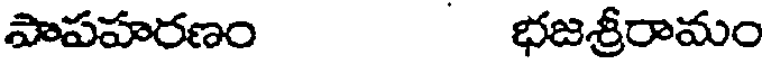
పాపహరణం భజశ్రీరామం